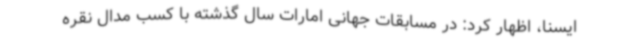
ایسنا، اظهار کرد: در مسابقات جهانی امارات سال گذشته با کسب مدال نقره